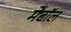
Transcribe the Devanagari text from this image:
मेटॉल